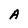
Character: A